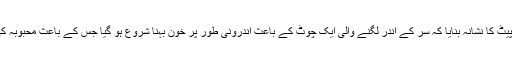
ا±سے اس قدر مار پیٹ کا نشانہ بنایا کہ سر کے اندر لگنے والی ایک چوٹ کے باعث اندرونی طور پر خون بہنا شروع ہو گیا جس کے باعث محبوبہ کی موت واقع ہو گئی۔